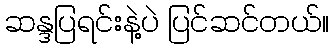
ဆန္ဒပြရင်းနဲ့ပဲ ပြင်ဆင်တယ်။